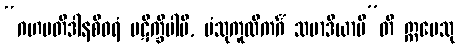
“ဂဟပတိဒါနစီဝရံ ပဋိက္ခိပါမိ, ပံသုကူလိကင်္ဂံ သမာဒိယာမီ”တိ ဣမေသု